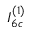
I _ { 6 c } ^ { ( 1 ) }